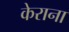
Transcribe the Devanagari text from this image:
केराना